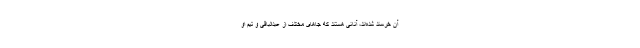
آن خرسند شده‌اند، آنانی هستند که جاهای مختلف از عبدالباقی و تیم او